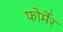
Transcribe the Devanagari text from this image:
फोर्मेर